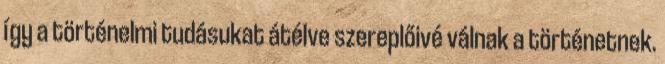
így a történelmi tudásukat átélve szereplőivé válnak a történetnek.